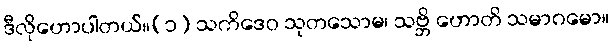
ဒီလိုဟောပါတယ်။(၁) သကိဒေဝ သုတသောမ၊ သဗ္ဘိ ဟောတိ သမာဂမော။